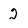
Character: 2